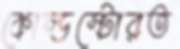
কোল্ডস্টোরত